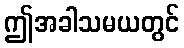
ဤအခါသမယတွင်